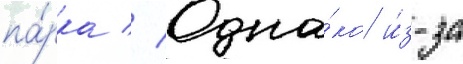
па́рка // Одна́ко и́з-за